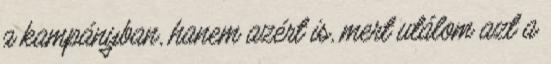
a kampányban, hanem azért is, mert utálom azt a